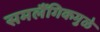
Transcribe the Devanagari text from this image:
समलैंगिकमुळे